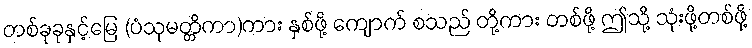
တစ်ခုခုနှင့်မြေ (ပံသုမတ္တိကာ)ကား နှစ်ဖို့ ကျောက် စသည် တို့ကား တစ်ဖို့ ဤသို့ သုံးဖို့တစ်ဖို့